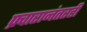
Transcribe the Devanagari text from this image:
प्रचारानंतरही